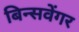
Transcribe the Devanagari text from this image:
बिन्सवेंगर